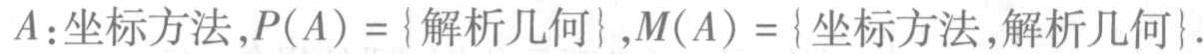
$A:\text{坐标方法},P(A) = \{ \text{解析几何} \},M(A) = \{ \text{坐标方法},\text{解析几何} \}.$